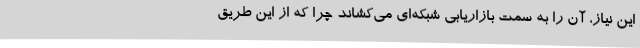
این نیاز، آن‌ را به سمت بازاریابی شبکه‌ای می‌کشاند چرا که از این طریق